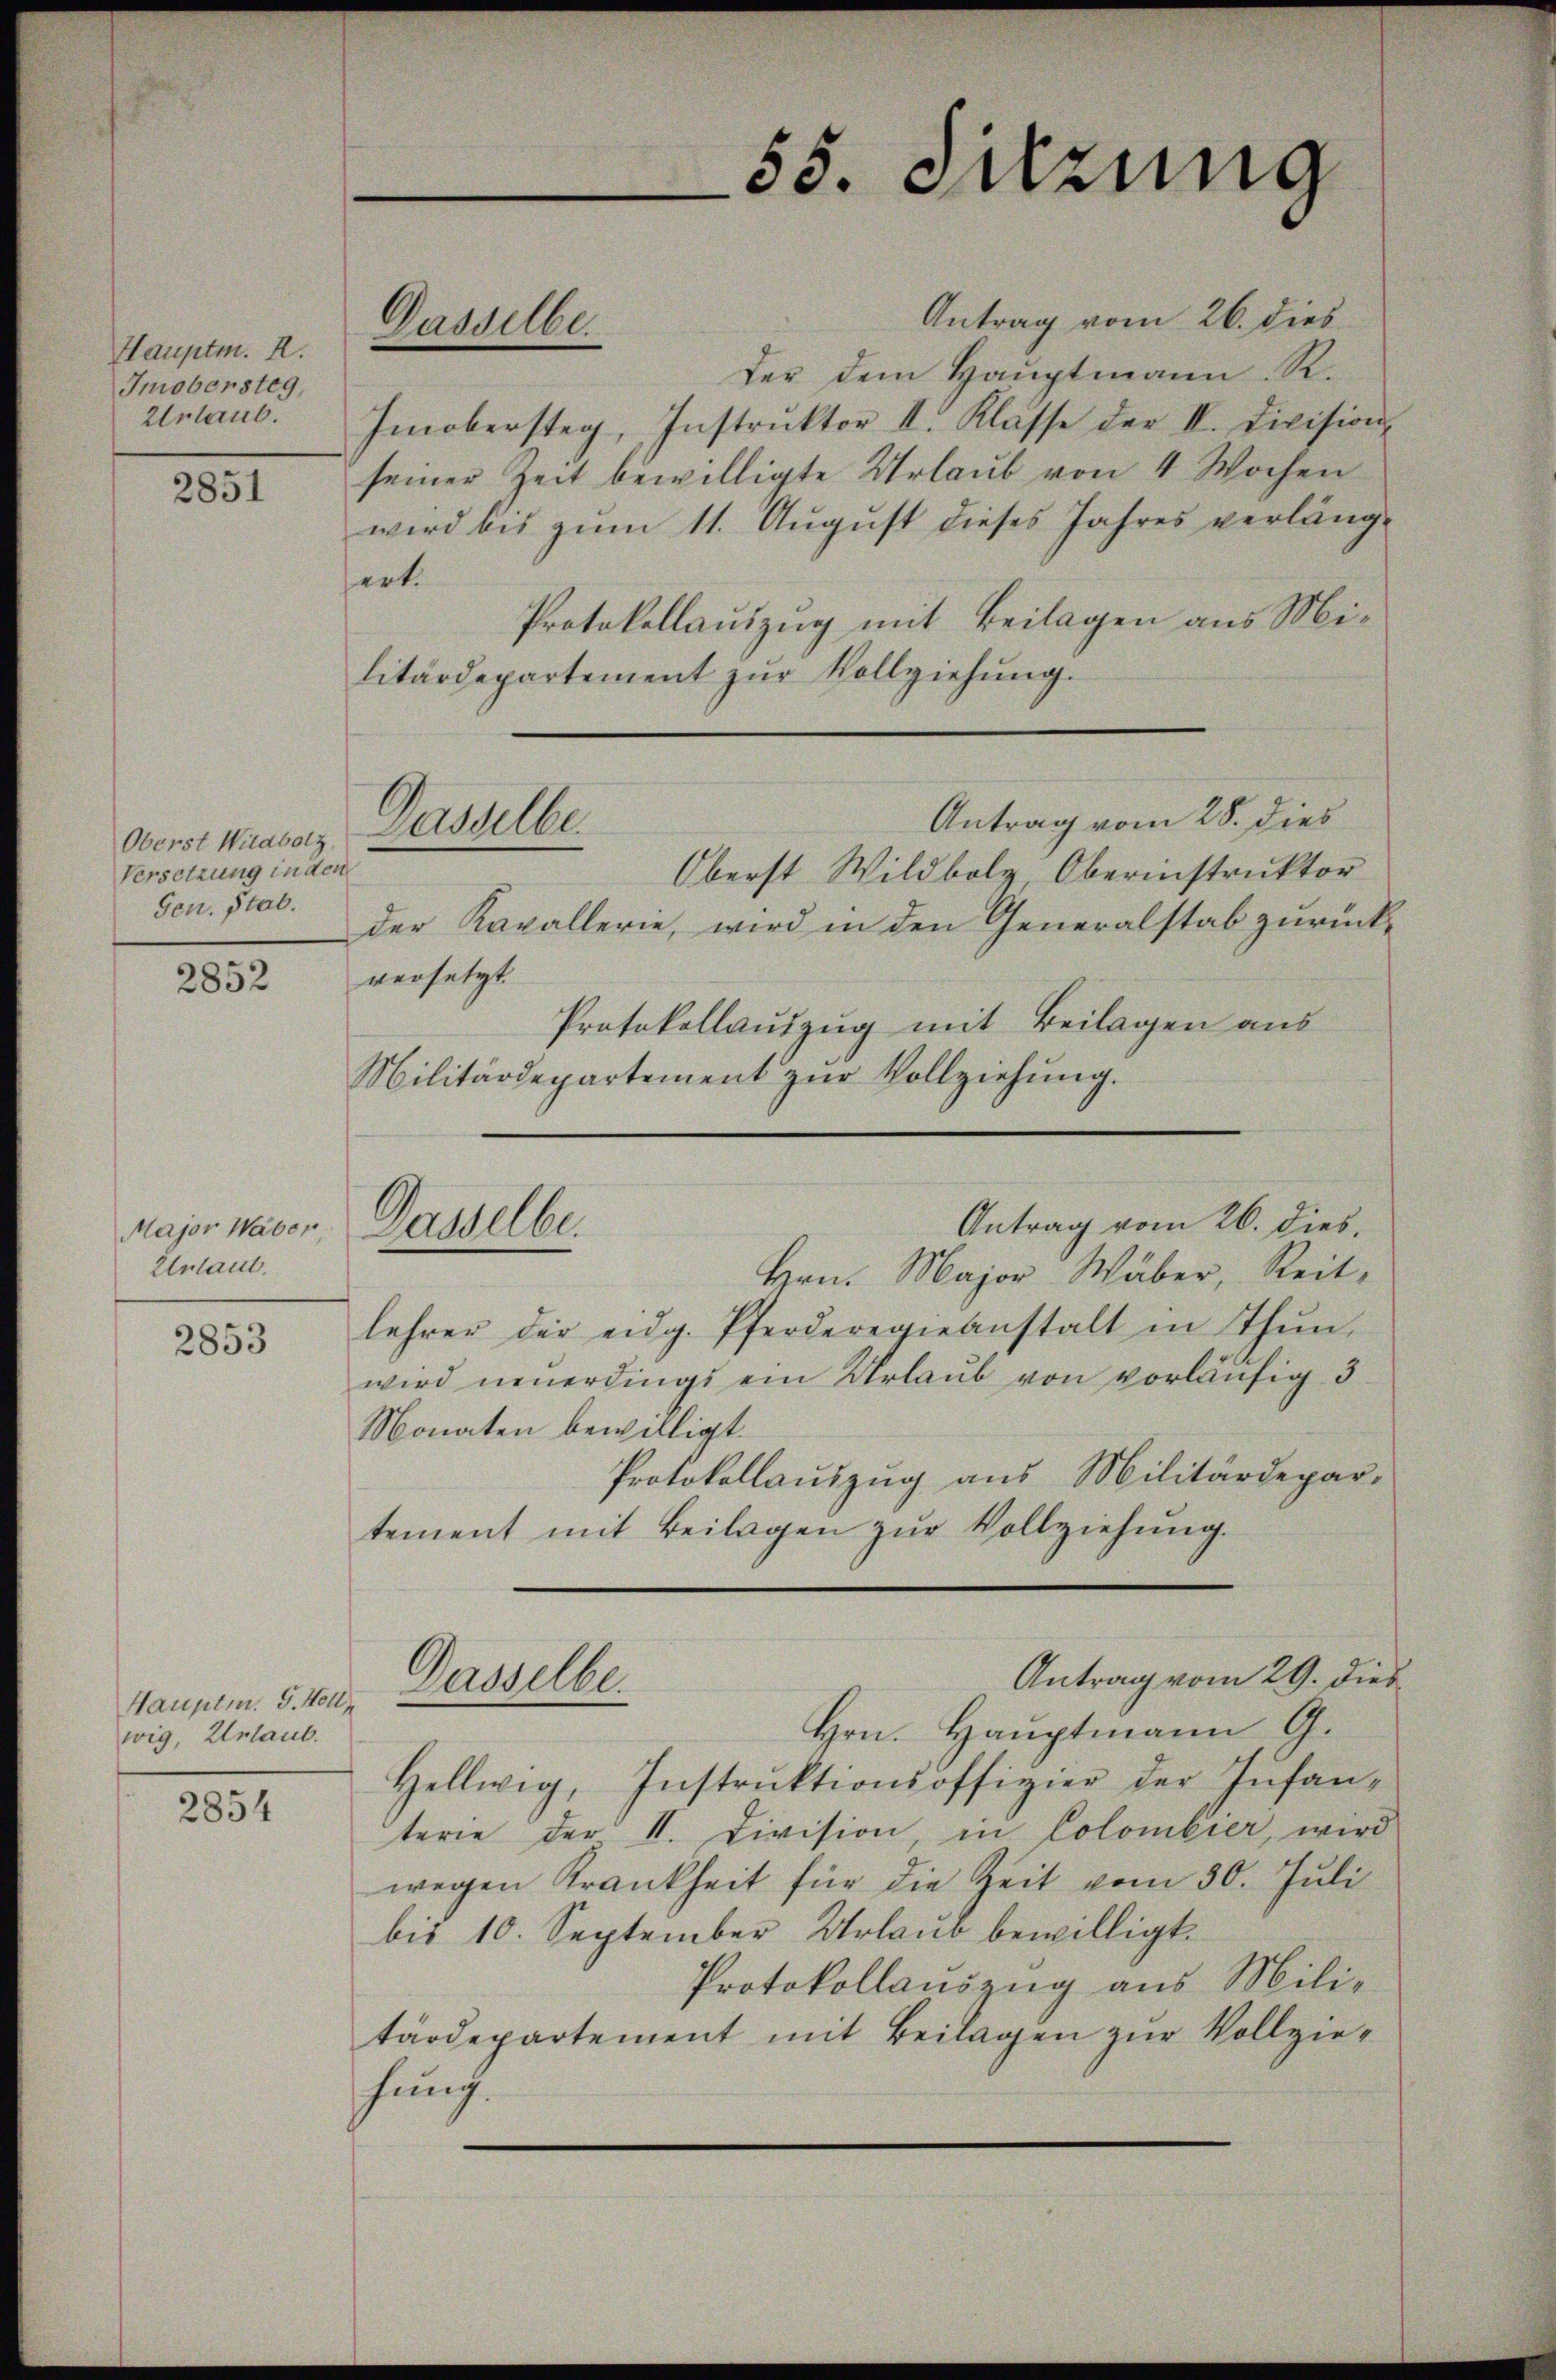
Hauptm. R.
Imobersteg,
Urlaub.

2851

Oberst Wildbolz,
Versetzung in den
Gen. Stat.

2852

Major Waber,
Untaut.

2853

Hauptm. G. Voll
wig, Erlaub.

2854

Antrag vom 26. dies
der dem Hauptmann. R.
Imobersteg, Instrŭktor II. Klasse der II. Division-
seiner Zeit bewilligte Urlaub von 4 Wochen
wird bis zum 11. August dieses Jahres verlängert.
Protokollauszug mit Beilagen aus Militärdepartement zŭr Vollziehŭng.
Antrag vom 28. dies
Oberst Wildbolz, Oberinstruktor
der Kavallerie, wird in den Generalstab zurückversetzt.
Protokollaŭszŭg mit Beilagen aŭs
Militärdepartement zŭr Vollziehung.
Antrag vom 26. dies
Hrn. Major Wäber, Reit-
lehrer der eidg. Pferderegieanstalt in thŭn.
wird neuerdings ein Urlaub von vorläufig 3
Monaten bewilligt.
Protokollauszug aus Militärdepar-
tement mit Beilagen zŭr Vollziehŭng.
Antrag vom 29. dies
Dasselbe.
Hrn. Hauptmann G.
Hellwig, Instrŭktionsoffizier der Infan-
terie der II. Division, in Colombier, wird
wegen Krankheit für die Zeit vom 30. Juli
bis 10. September Urlaub bewilligt.
Protokollauszug aus Militärdepartement mit Beilagen zur Vollziefünf.

Dasselbe.

Dasselbe

Gasselbe.

55. Sitzung